画像に写った文字を読んでください
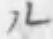
「ル」と書いてあります